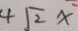
4 \sqrt { 2 } x